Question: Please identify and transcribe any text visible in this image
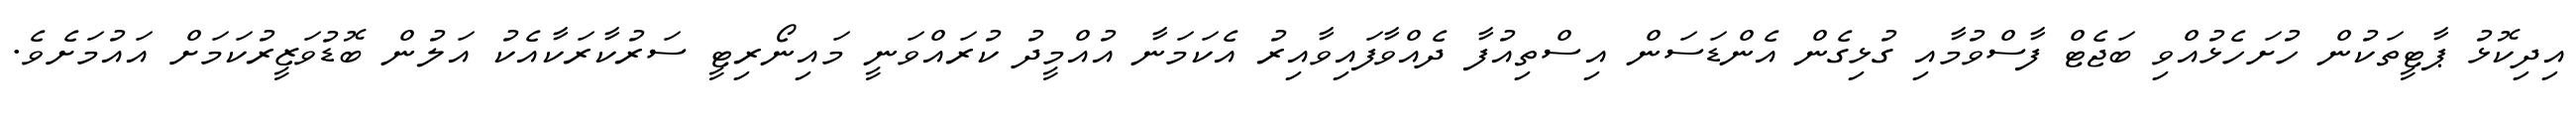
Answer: އިދިކޮޅު ޕާޓީތަކުން ހުށަހެޅުއްވި ބަޖެޓް ފާސްވުމާއި ގުޅިގެން އެންޑަސަން އިސްތިއުފާ ދެއްވާފައިވާއިރު އެކަމަނާ އުއްމީދު ކުރައްވަނީ މައިނޯރިޓީ ސަރުކާރަކާއެކު އަލުން ބޮޑުވަޒީރުކަމަށް އައުމަށެވެ.